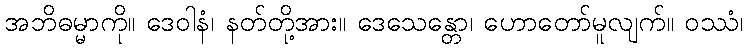
အဘိဓမ္မာကို။ ဒေဝါနံ၊ နတ်တို့အား။ ဒေသေန္တော၊ ဟောတော်မူလျက်။ ဝဿံ၊